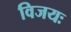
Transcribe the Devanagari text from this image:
विजयः